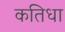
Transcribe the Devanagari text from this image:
कतिधा